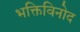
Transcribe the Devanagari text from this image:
भक्तिविनोद